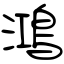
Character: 鴻